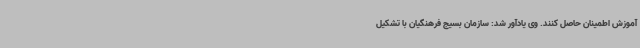
آموزش اطمینان حاصل کنند. وی یادآور شد: سازمان بسیج فرهنگیان با تشکیل